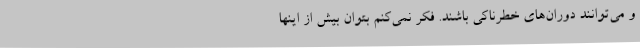
و می‌توانند دوران‌های خطرناکی باشند. فکر نمی‌کنم بتوان بیش از اینها